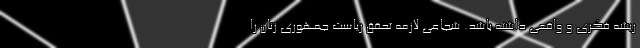
ریشه فکری و واقعی داشته باشد. شجاعی لازمه تحقق ریاست جمهوری زنان را